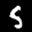
Label: 5